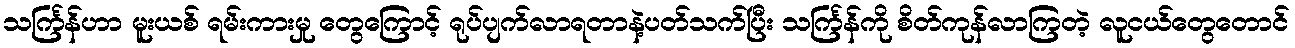
သင်္ကြန်ဟာ မူးယစ် ရမ်းကားမှု တွေကြောင့် ရုပ်ပျက်လာရတာနဲ့ပတ်သက်ပြီး သင်္ကြန်ကို စိတ်ကုန်လာကြတဲ့ လူငယ်တွေတောင်